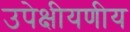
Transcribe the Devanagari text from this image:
उपेक्षीयणीय